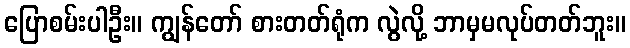
ပြောစမ်းပါဦး။ ကျွန်တော် စားတတ်ရုံက လွဲလို့ ဘာမှမလုပ်တတ်ဘူး။